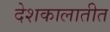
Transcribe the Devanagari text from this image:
देशकालातीत